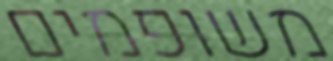
משופמים